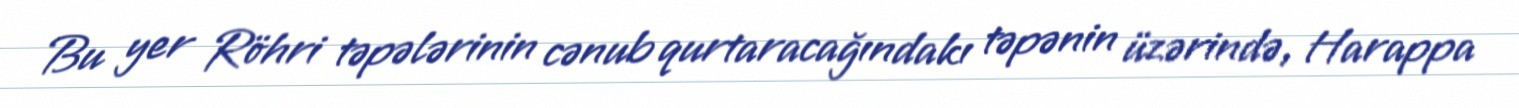
Bu yer Röhri təpələrinin cənub qurtaracağındakı təpənin üzərində, Harappa